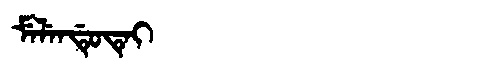
Manchu: ᠮᡝᠯᡝᠨᡩᡠᡨᡝᡳ
Romanization: MELENDUTEI